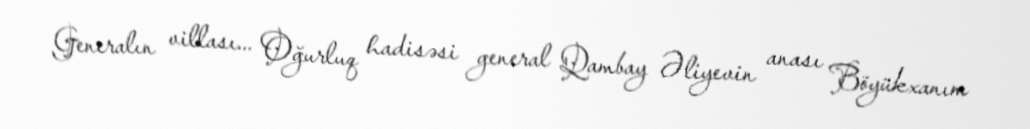
Generalın villası... Oğurluq hadisəsi general Qambay Əliyevin anası Böyükxanım